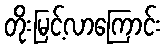
တိုးမြင့်လာကြောင်း